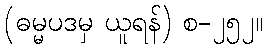
(ဓမ္မပဒမှ ယူရန်) စ-၂၅၂။